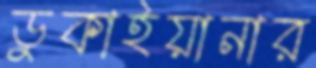
ডুকাইয়ানার